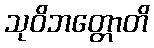
သုဝိဘတ္တောတိ